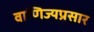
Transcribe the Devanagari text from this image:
वाणिज्यप्रसार